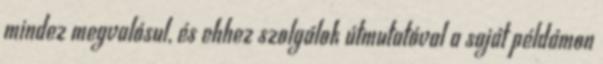
mindez megvalósul, és ehhez szolgálok útmutatóval a saját példámon